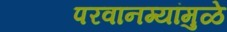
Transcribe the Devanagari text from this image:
परवानग्यांमुळे